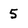
Character: 5